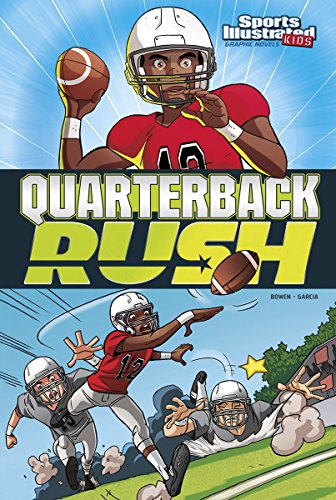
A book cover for Quarterback Rush (Sports Illustrated Kids Graphic Novels); Carl Bowen; Children's Books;